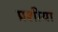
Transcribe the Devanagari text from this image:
प्रशीया